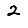
Digit: 2